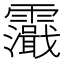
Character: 𩆭